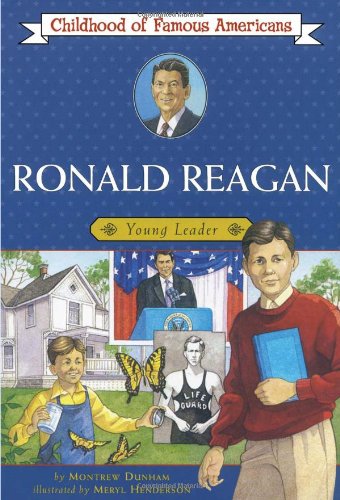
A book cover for Ronald Reagan: Young Leader (Childhood of Famous Americans); Montrew Dunham; Children's Books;